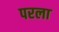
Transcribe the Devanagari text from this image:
परला